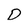
Character: D